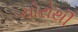
ચોરોથી